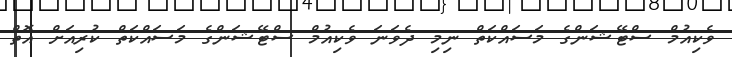
ވެކިއުމް ސްޓޭޝަންގެ މަސައްކަތް ނިމި ދެވަނަ ވެކިއުމް ސްޓޭޝަންގެ މަސައްކަތް ކުރިއަށް އޮތް